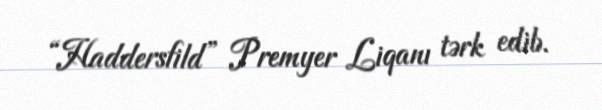
“Haddersfild” Premyer Liqanı tərk edib.